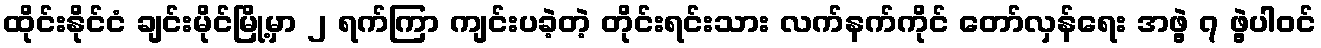
ထိုင်းနိုင်ငံ ချင်းမိုင်မြို့မှာ ၂ ရက်ကြာ ကျင်းပခဲ့တဲ့ တိုင်းရင်းသား လက်နက်ကိုင် တော်လှန်ရေး အဖွဲ့ ၇ ဖွဲ့ပါဝင်